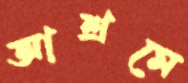
আশ্রমে